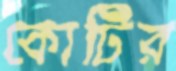
কোটির